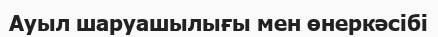
Ауыл шаруашылығы мен өнеркәсібі